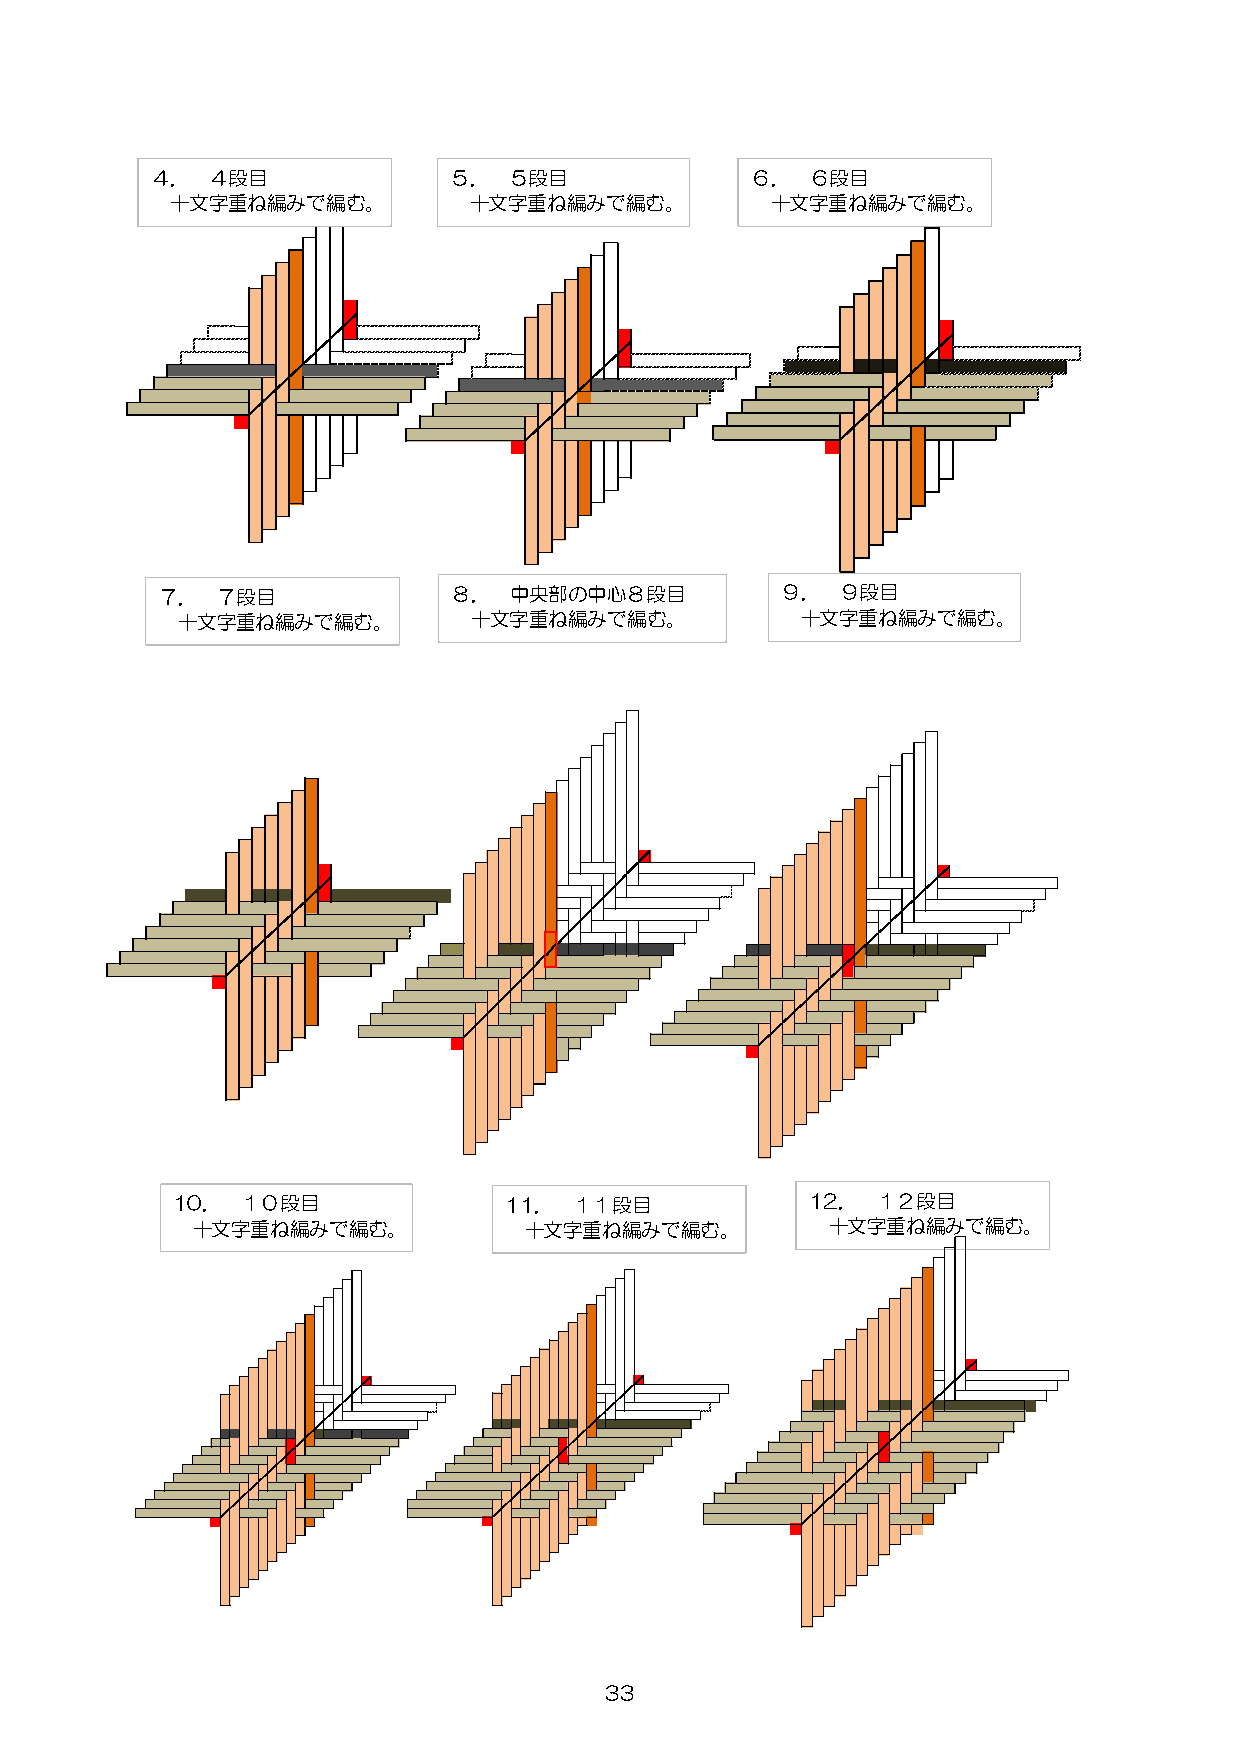
４．  ４段目             ５．  ５段目             ６．  ６段目
 十文字重ね編みで編む。         十文字重ね編みで編む。         十文字重ね編みで編む。
 ７．  ７段目             ８．  中央部の中心８段目         ９．  ９段目
 十文字重ね編みで編む。        十文字重ね編みで編む。           十文字重ね編みで編む。
 10．  １０段目             11．  １１段目            12． １２段目
 十文字重ね編みで編む。           十文字重ね編みで編む。         十文字重ね編みで編む。
 33